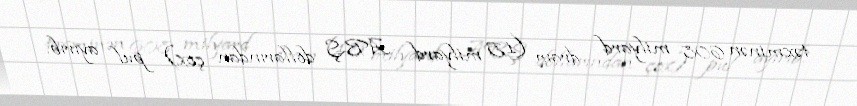
təxminən 608 milyard dram (1,5 milyard ABŞ dollarından çox) pul ayırıb.